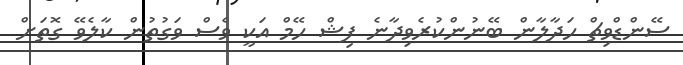
ސޭންޑްވިޗް ހަދާލާން ބޭނުންކުރެވިދާނެ ފިޝް ހޭމް އަކީ ވެސް ވަގުތުން ކާލެވޭ ގޮތަށް